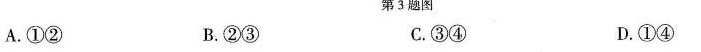
A.①② B.②③ C.③④ D.①④